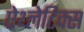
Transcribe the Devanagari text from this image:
ऐथ्लेटिक्स